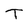
Character: T